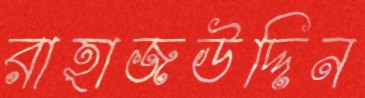
রাহাজউদ্দিন